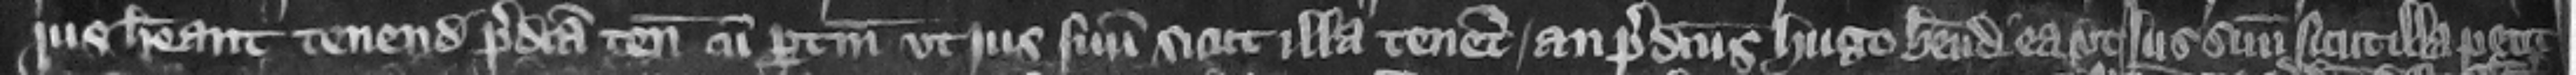
jus habeant tenendi predicta tenementa cum pertinenciis vt jus suum sicut illa tenent anpredictus Hugo habendi ea vt jus suum sicut illa petit